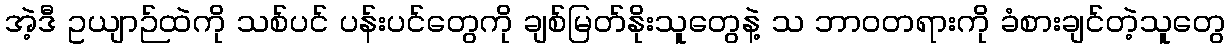
အဲ့ဒီ ဥယျာဉ်ထဲကို သစ်ပင် ပန်းပင်တွေကို ချစ်မြတ်နိုးသူတွေနဲ့ သ ဘာဝတရားကို ခံစားချင်တဲ့သူတွေ